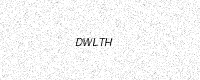
Text: DWLTH